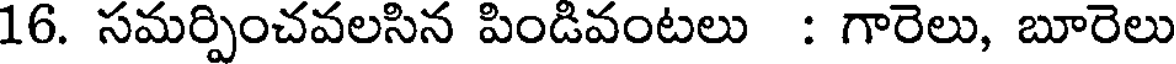
16. సమర్పించవలసిన పిండివంటలు : గారెలు, బూరెలు